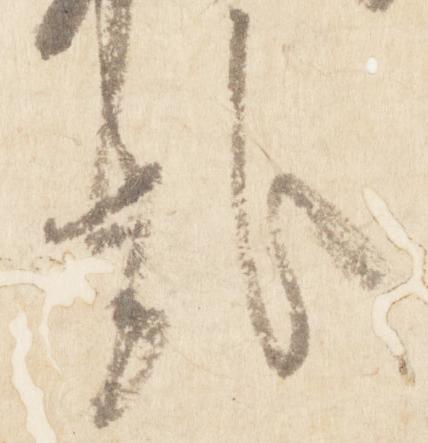
哉